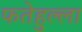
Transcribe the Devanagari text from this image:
फतेहुल्ला